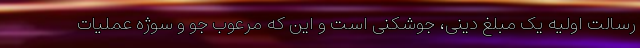
رسالت اولیه یک مبلغ دینی، جوشکنی است و این که مرعوب جو و سوژه عملیات